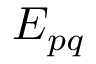
E _ { p q }